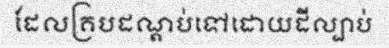
ដែលគ្របដណ្តប់ទៅដោយដីល្បាប់